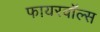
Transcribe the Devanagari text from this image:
फायरवॉल्स